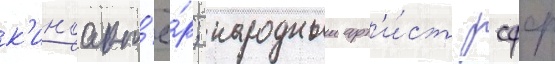
к'иноакт'ё́р; народныи арт'и́ст рсфср